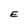
Character: E